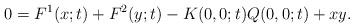
LaTeX: \begin{align*} 0 = F^{1}(x;t) +F^{2}(y;t)-K(0,0;t) Q(0,0;t)+xy.\end{align*}